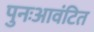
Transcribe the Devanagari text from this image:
पुनःआवंटित